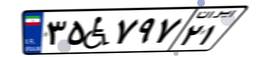
۹۲W۹۸۴۶۱